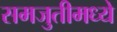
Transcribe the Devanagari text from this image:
समजुतीमध्ये